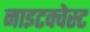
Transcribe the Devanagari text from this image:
नाइटक्वेस्ट